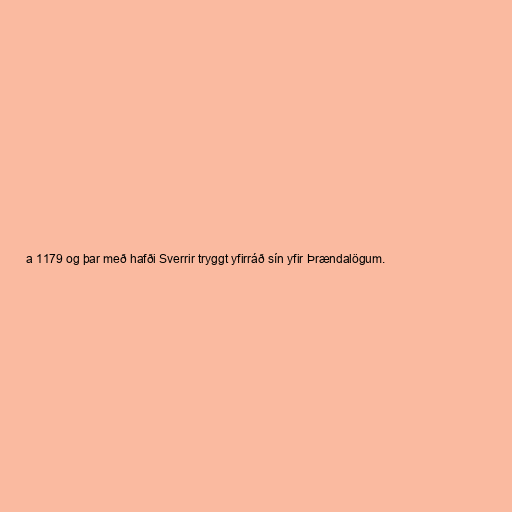
a 1179 og þar með hafði Sverrir tryggt yfirráð sín yfir Þrændalögum.